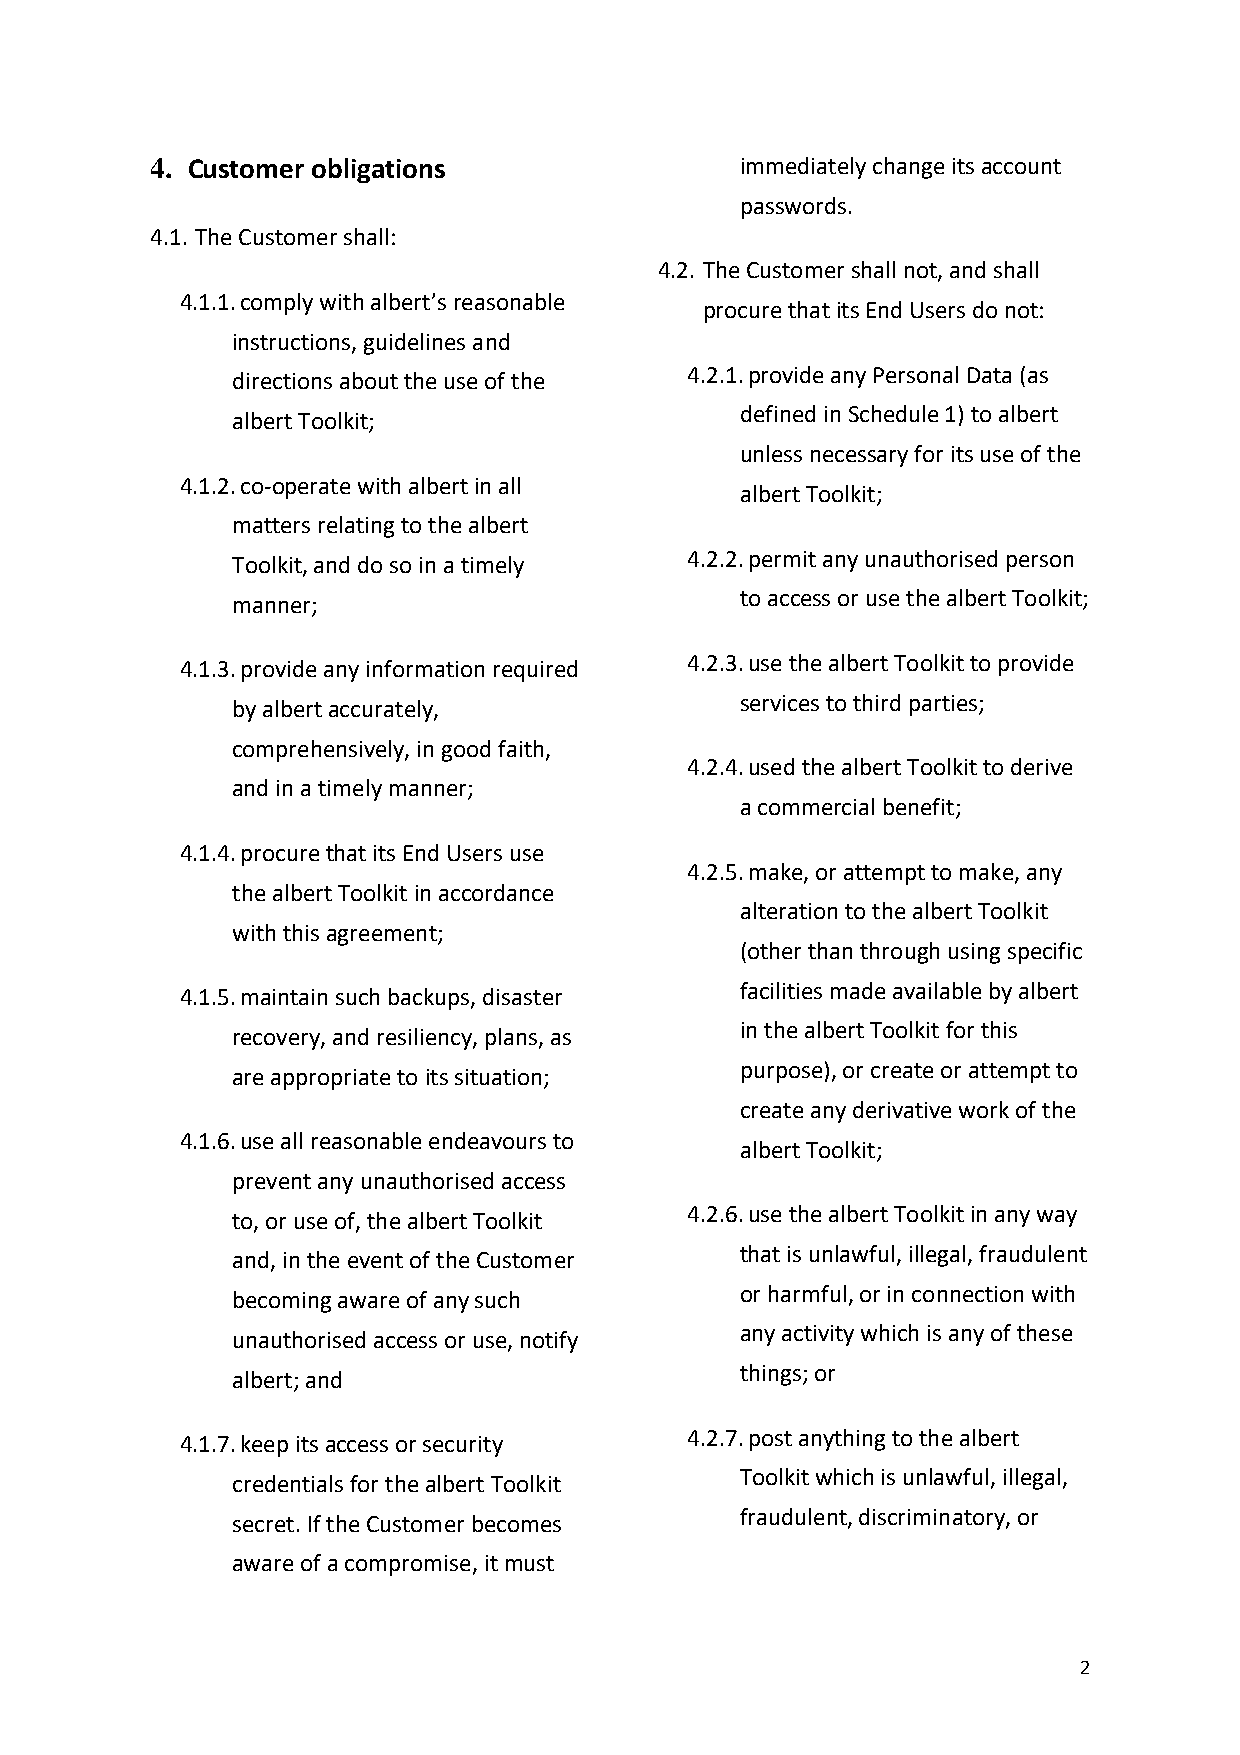
4. Customer obligations                immediately change its account
 passwords.
 4.1. The Customer shall:
 4.2. The Customer shall not, and shall
 4.1.1. comply with albert’s reasonable
 procure that its End Users do not:
 instructions, guidelines and
 4.2.1. provide any Personal Data (as
 directions about the use of the
 defined in Schedule 1) to albert
 albert Toolkit;
 unless necessary for its use of the
 4.1.2. co-operate with albert in all
 albert Toolkit;
 matters relating to the albert
 4.2.2. permit any unauthorised person
 Toolkit, and do so in a timely
 to access or use the albert Toolkit;
 manner;
 4.1.3. provide any information required
 4.2.3. use the albert Toolkit to provide
 services to third parties;
 by albert accurately,
 comprehensively, in good faith,
 4.2.4. used the albert Toolkit to derive
 and in a timely manner;
 a commercial benefit;
 4.1.4. procure that its End Users use
 4.2.5. make, or attempt to make, any
 the albert Toolkit in accordance
 alteration to the albert Toolkit
 with this agreement;
 (other than through using specific
 4.1.5. maintain such backups, disaster
 facilities made available by albert
 in the albert Toolkit for this
 recovery, and resiliency, plans, as
 purpose), or create or attempt to
 are appropriate to its situation;
 create any derivative work of the
 4.1.6. use all reasonable endeavours to
 albert Toolkit;
 prevent any unauthorised access
 4.2.6. use the albert Toolkit in any way
 to, or use of, the albert Toolkit
 that is unlawful, illegal, fraudulent
 and, in the event of the Customer
 or harmful, or in connection with
 becoming aware of any such
 any activity which is any of these
 unauthorised access or use, notify
 things; or
 albert; and
 4.1.7. keep its access or security
 4.2.7. post anything to the albert
 Toolkit which is unlawful, illegal,
 credentials for the albert Toolkit
 fraudulent, discriminatory, or
 secret. If the Customer becomes
 aware of a compromise, it must
 2